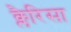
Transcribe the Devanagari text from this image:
क्लैरिसा